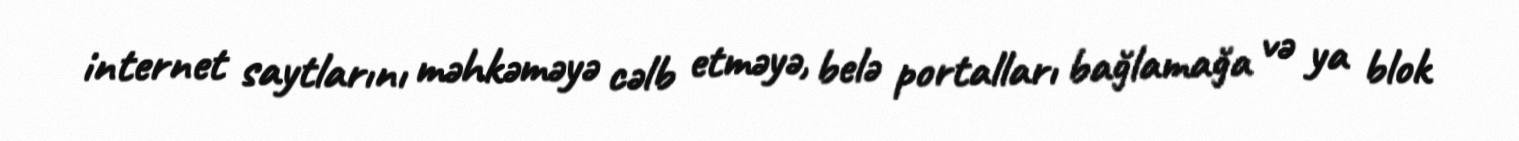
internet saytlarını məhkəməyə cəlb etməyə, belə portalları bağlamağa və ya blok